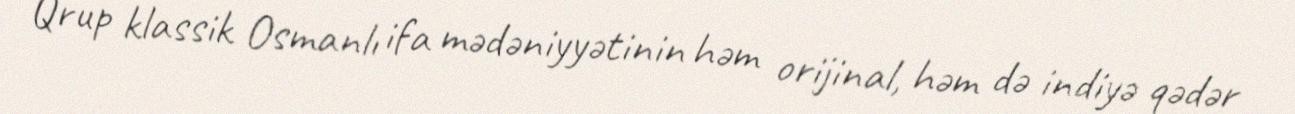
Qrup klassik Osmanlı ifa mədəniyyətinin həm orijinal, həm də indiyə qədər